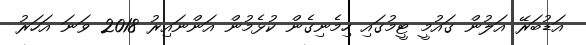
އަޑުބަރޭ އަލުން ގައުމީ ޓީމުގައި ހިމެނިގެން ކުޅެމުން އަންނައިރު 2018 ވަނަ އަހަރު